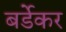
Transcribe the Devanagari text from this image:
बर्डेकर